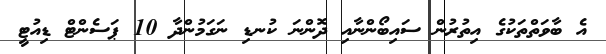
އެ ބާވަތްތަކުގެ އިތުރުން ސައިބޯންނާއި ދޮންނަ ކުނޑި ނަގަމުންދާ 10 ޕަސެންޓް ޑިއުޓީ